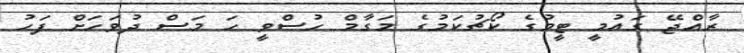
ރާއްޖޭ ގައުމީ ޓީމުގެ ކޯޗުކަމުގެ މަގާމް ހުސްވީ ހަ މަސް ދުވަހަށް ފަހު